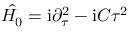
\hat { H _ { 0 } } = \mathrm { i } \partial _ { \tau } ^ { 2 } - \mathrm { i } C \tau ^ { 2 }